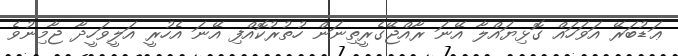
ޢަޑުބަރޭ އަވަހައް ގޮޅިޔައްލާ އޭނަ ރާއްޖޭގެރީތިނަން ހުތުރުކޮއްފި އޭނަ އެހުރީ އަލީވަހީދާ ޖާމިނުވެ